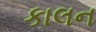
કાલન